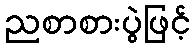
ညစာစားပွဲဖြင့်